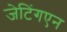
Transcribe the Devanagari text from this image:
जेटिंगएन